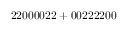
\mathrm { 2 2 0 0 0 0 2 2 + 0 0 2 2 2 2 0 0 }